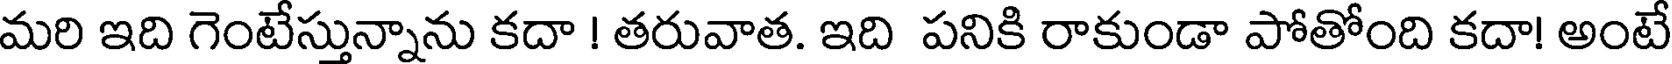
మరి ఇది గెంటేస్తున్నాను కదా ! తరువాత. ఇది పనికి రాకుండా పోతోంది కదా! అంటే